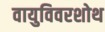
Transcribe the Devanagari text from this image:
वायुविवरशोथ